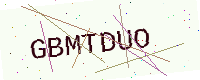
Text: GBMTDUO